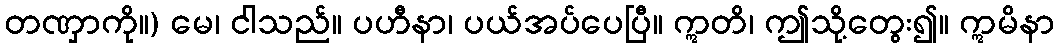
တဏှာကို။) မေ၊ ငါသည်။ ပဟီနာ၊ ပယ်အပ်ပေပြီ။ ဣတိ၊ ဤသို့တွေး၍။ ဣမိနာ